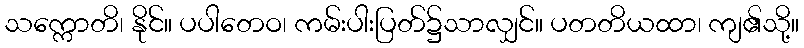
သက္ကောတိ၊ နိုင်။ ပပါတေဝ၊ ကမ်းပါးပြတ်၌သာလျှင်။ ပတတိယထာ၊ ကျ၏သို့။